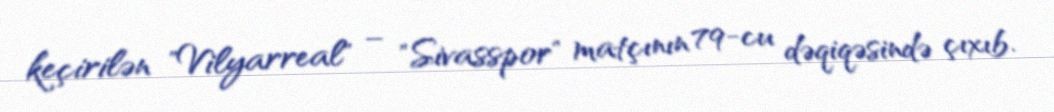
keçirilən "Vilyarreal" – "Sivasspor" matçının 79-cu dəqiqəsində çıxıb.